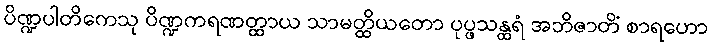
ပိဏ္ဍပါတိကေသု ပိဏ္ဍကရဏတ္ထာယ သာမတ္ထိယတော ပုပ္ဖသန္ထရံ အဘိဇာတိံ စာရဟော